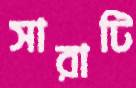
সারাটি